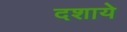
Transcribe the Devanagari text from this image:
दशाये